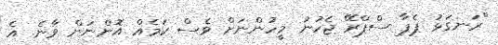
"ރަނގަޅު ޕެޕާ ސްޕްރޭ ޖެހުނު މީހުންނަށް ވެސް ކަމެއް އޮންނަން ވާނެ. އެ